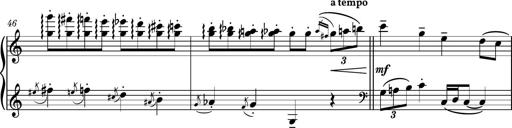
Title: Piano Sonatina No.3
Composer: Dimitri Sykias
Key: C major